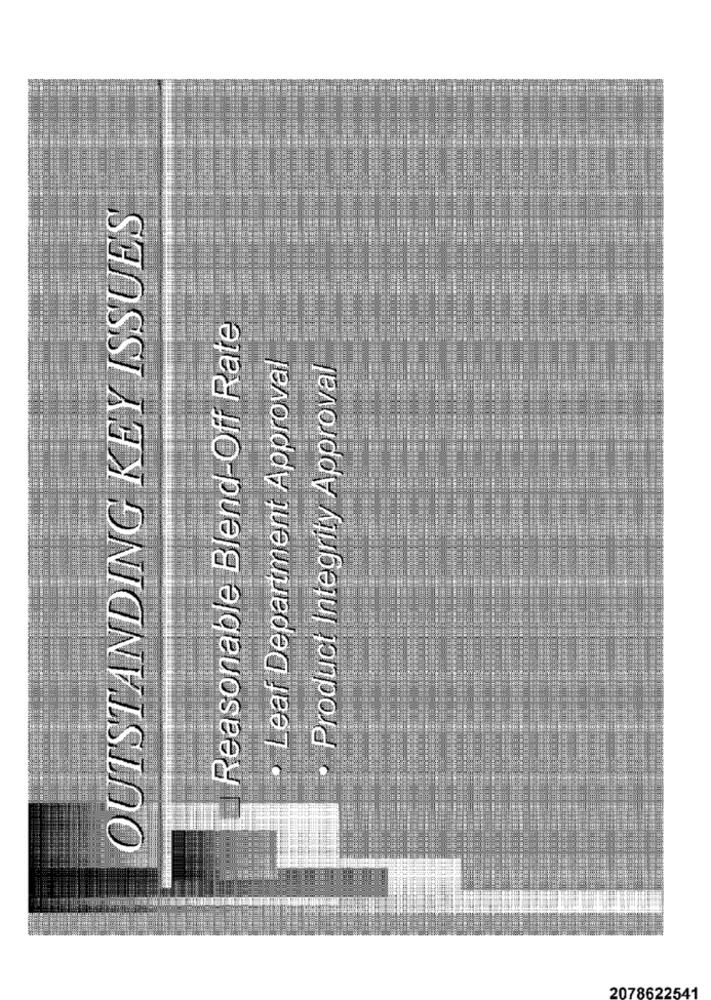
OUTSTANDING KEY ISSUES
Reasonable Blend-Off Rate
· Leaf Department Approval
· Product Integrity Approval
2078622541